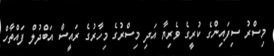
މިސްރު ސިފައިންގެ ކުރީގެ ވެރިޔާ އަދި މިސްރުގެ މިހާރުގެ ރައީސް އަބްދުލް ފައްތާހް